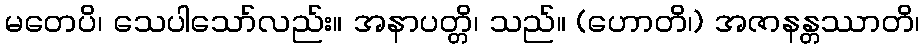
မတေပိ၊ သေပါသော်လည်း။ အနာပတ္တိ၊ သည်။ (ဟောတိ၊) အဇာနန္တဿာတိ၊